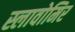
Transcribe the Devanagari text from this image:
स्लावोमिर